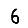
Digit: 6